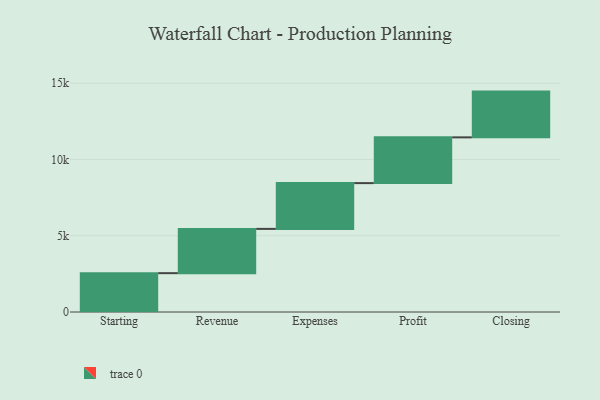
{"axis": {"x": "Step", "y": "Value"}, "legend": [""], "data": [{"x": "Starting", "y": 2546.0, "type": ""}, {"x": "Revenue", "y": 2903.0, "type": ""}, {"x": "Expenses", "y": 3000, "type": ""}, {"x": "Profit", "y": 3000, "type": ""}, {"x": "Closing", "y": 3000, "type": ""}]}